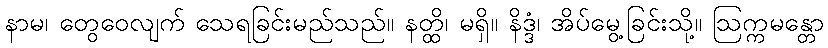
နာမ၊ တွေဝေလျက် သေရခြင်းမည်သည်။ နတ္ထိ၊ မရှိ။ နိဒ္ဒံ၊ အိပ်မွေ့ခြင်းသို့။ ဩက္ကမန္တော